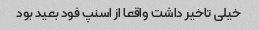
خیلی تاخیر داشت واقعا از اسنپ فود بعید بود